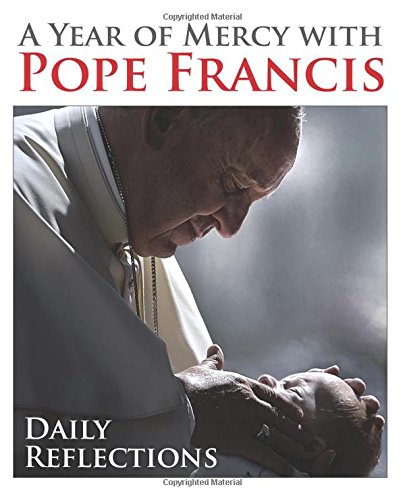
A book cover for A Year of Mercy with Pope Francis: Daily Reflections; Pope Francis; Christian Books & Bibles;